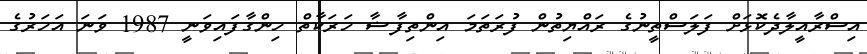
އިސްރާއީލާދެކޮޅަށް ފަލަސްތީނުގެ ރައްޔިތުން ފުރަތަމަ އިންތިފާޟާ ހަރަކާތް ހިންގާފައިވަނީ 1987 ވަނަ އަހަރުގެ